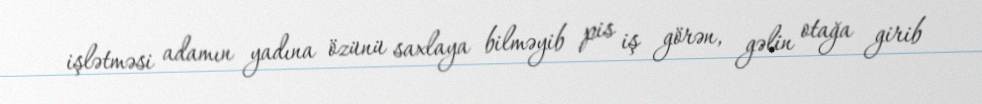
işlətməsi adamın yadına özünü saxlaya bilməyib pis iş görən, gəlin otağa girib